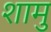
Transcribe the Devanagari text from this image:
शामु